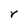
Character: r